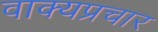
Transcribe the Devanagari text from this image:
वाक्यप्रचार